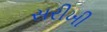
સરીખી